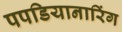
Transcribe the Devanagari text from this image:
पपडियानारिंग